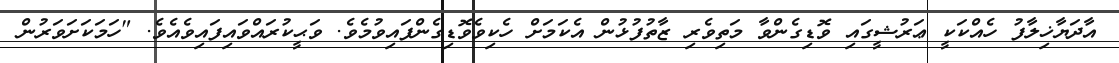
އާދަޔާޚިލާފު ހެއްކަކީ ޢަރުޝީގައި ވޮޑިގެންވާ މަތިވެރި ޒާތުފުޅުން އެކަމަށް ހެކިވެވޮޑިގެންފައިވުމެވެ. ވަޙީކުރައްވައިފައިވެއެވެ. "ހަމަކަށަވަރުން